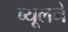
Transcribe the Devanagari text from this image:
ब्यूलने